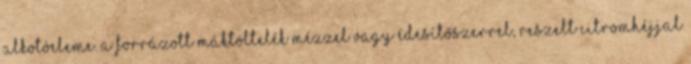
alkotóeleme. A forrázott máktöltelék mézzel vagy édesítőszerrel, reszelt citromhéjjal